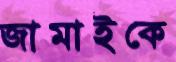
জামাইকে